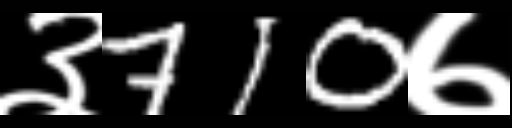
Text: ३710७